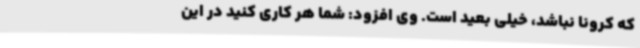
که کرونا نباشد، خیلی بعید است. وی افزود: شما هر کاری کنید در این